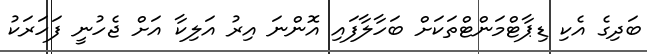
ބަދިގެ އެކި ޑިޕާޓްމަންޓްތަކަށް ބަހާލާފައި އޮންނަ އިރު އަލިކާ އަށް ޖެހުނީ ފަހަރަކު